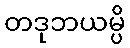
တဒုဘယမ္ပိ